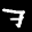
Label: 7